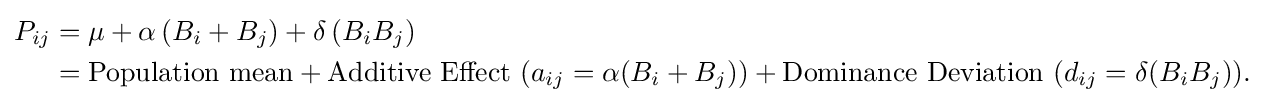
{\begin{aligned}P_{ij}&=\mu +\alpha \,(B_{i}+B_{j})+\delta \,(B_{i}B_{j})\\&={\text{Population mean}}+{\text{Additive Effect }}(a_{ij}=\alpha (B_{i}+B_{j}))+{\text{Dominance Deviation }}(d_{ij}=\delta (B_{i}B_{j})).\\\end{aligned}}